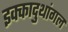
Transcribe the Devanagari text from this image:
इक्कादुथांगल